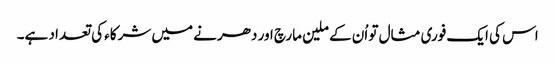
اس کی ایک فوری مثال تو اُن کے ملین مارچ اور دھرنے میں شرکاء کی تعداد ہے۔